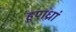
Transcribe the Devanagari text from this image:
हूणध्रां